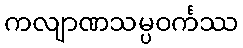
ကလျာဏသမ္ပဝင်္ကဿ